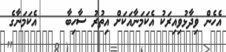
އެހެން ވިދާޅުވިއިރަކު އެކަމަނާއަކަށް އިތުރު ސާހިބާ     އެކަމަނާގެ